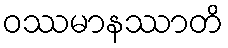
ဝဿမာနဿာတိ